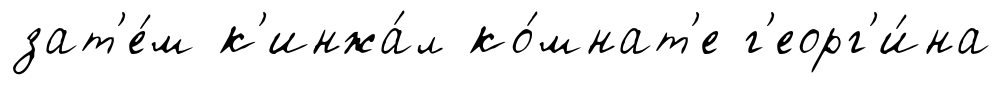
зат'е́м к'инжа́л ко́мнат'е г'еорг'и́на